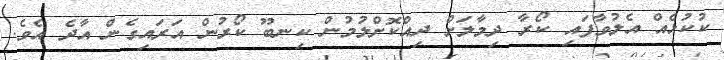
ކުކުޅެއް އެލުވާފައި ކޯރާ ދިމާލަށް ދިއްކޮށްލުމުން ކިނބޫ ކޯރުން އަރައިގެން އާދެ އެވެ.